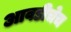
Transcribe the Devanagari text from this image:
आवडीचेच